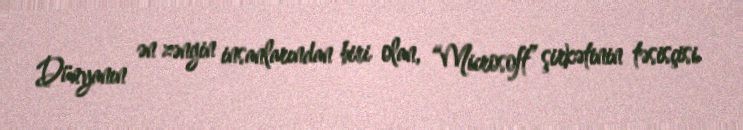
Dünyanın ən zəngin insanlarından biri olan, “Microsoft” şirkətinin təsisçisi